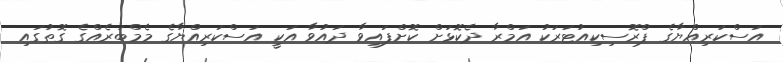
އަސްކަރިއްޔާގެ ޕްރޮސިކިއުޓަރަކު އަމްރާ ދެކޮޅަށް ކޮށްފައިވާ ދައުވާ އަކީ އަސްކަރިއްޔާގެ މެމްބަރެއްގެ ގޮތުގައި